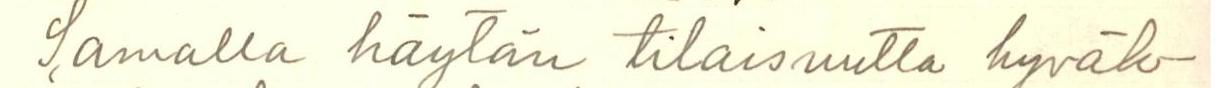
Samalla käytän tilaisuutta hyväk-